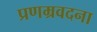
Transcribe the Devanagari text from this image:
प्रणम्रवदना